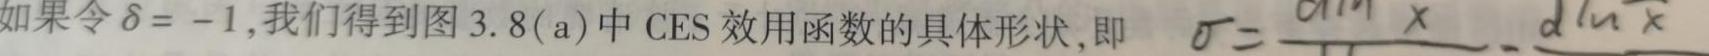
如果令 $\delta = -1$,我们得到图 3.8(a)中 CES 效用函数的具体形状,即